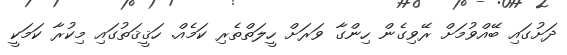
ދަށުގައި ބޭއްވުމަށް ރޭވިގެން ހިންގާ ވަރަށް ހީލަތްތެރި ކަމެއް. ހަޤީޤަތުގައި މިކުރާ ކަމަކީ